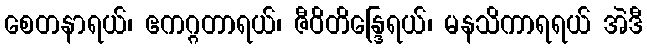
စေတနာရယ်၊ ဧကဂ္ဂတာရယ်၊ ဇီဝိတိန္ဒြေရယ်၊ မနသိကာရရယ် အဲဒီ